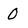
Character: O